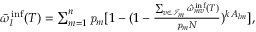
\begin{array} { r } { \bar { \omega } _ { l } ^ { \mathrm { i n f } } ( T ) = \sum _ { m = 1 } ^ { n } { \mathbf { \mathit { p } } _ { m } [ 1 - ( 1 - \frac { \sum _ { v \in \mathcal { I } _ { m } } { \hat { \omega } _ { m v } ^ { \mathrm { i n f } } ( T ) } } { \mathbf { \mathit { p } } _ { m } N } ) ^ { k \mathbf { \mathit { A } } _ { l m } } ] } , } \end{array}